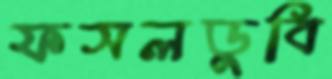
ফসলডুবি